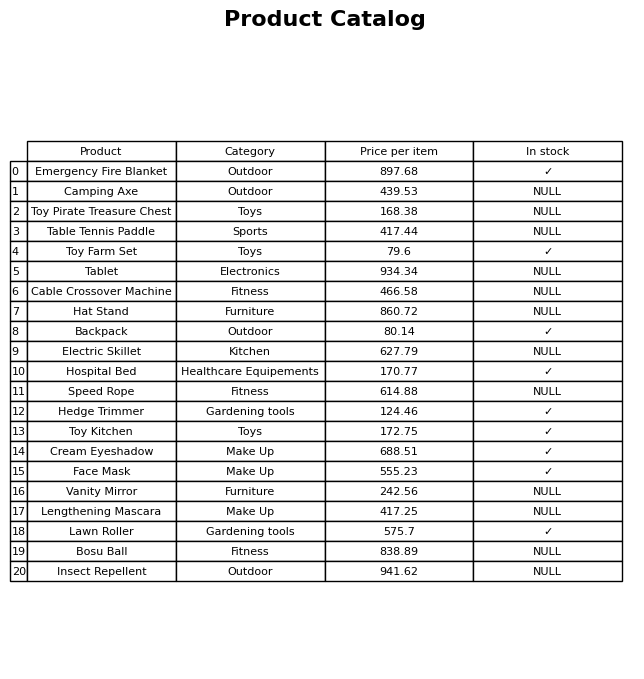
question: What is the price for Vanity Mirror?
answer: The price of Vanity Mirror is 242.56.